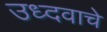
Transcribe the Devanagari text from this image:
उध्दवाचे